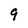
Character: 9